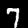
Digit: 7